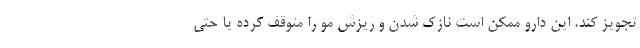
تجویز کند. این دارو ممکن است نازک شدن و ریزش مو را متوقف کرده یا حتی